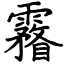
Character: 霿